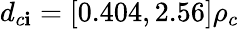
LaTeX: d_{c\mathbf{i}}=[0.404,2.56]\rho_{c}